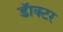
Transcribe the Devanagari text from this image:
डॅाक्टर